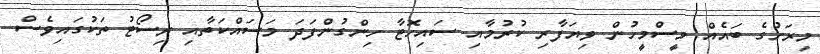
މިރަށުގެ ބައެއް މީސްމީހުން ވިޔަފާރި ކުރުމާއި ސައިހޮޓާ ހިންގުންފަދަ މަސައްކަތާއި ރިސޯޓު ތަކުގައިވެސް